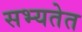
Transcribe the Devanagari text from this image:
सभ्यतेत